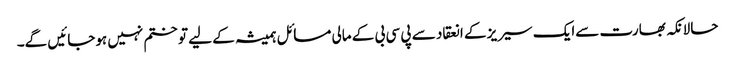
حالانکہ بھارت سےایک سیریز کے انعقاد سے پی سی بی کے مالی مسائل ہمیشہ کے لیے تو ختم نہیں ہوجائیں گے۔